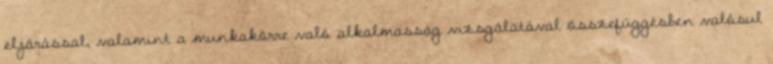
eljárással, valamint a munkakörre való alkalmasság vizsgálatával összefüggésben valósul